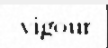
vigour